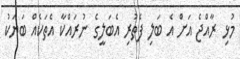
މުޅި ރާއްޖެ އަށް އެ ބަލި ފެތުރި އެބަލީގެ ނުރައްކާ އެތަކެއް ބަޔަކު